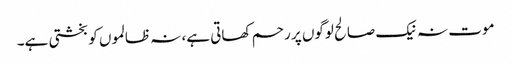
موت نہ نیک صالح لوگوں پر رحم کھاتی ہے، نہ ظالموں کو بخشتی ہے۔